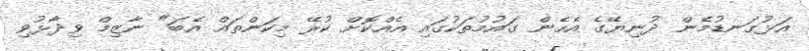
އަޅުގަނޑުމެން ދުނިޔޭގެ އެހެން ގައުމުތަކުގައި އެއްކޮށް ކުރޭ މިކަންތައް އެބަ" ނާޒިމް ވިދާޅުވި